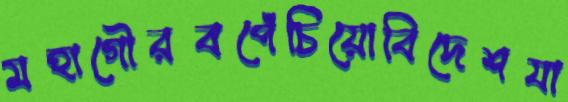
মহাগৌরবপেঁচিয়োবিদেশযা